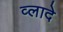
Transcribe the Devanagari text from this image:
व्लादे